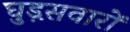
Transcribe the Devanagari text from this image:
घुड़़सवारों